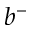
b ^ { - }